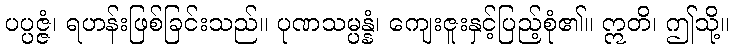
ပပ္ပဇ္ဇံ၊ ရဟန်းဖြစ်ခြင်းသည်။ ပုဏသမ္ပန္နံ၊ ကျေးဇူးနှင့်ပြည့်စုံ၏။ ဣတိ၊ ဤသို့။